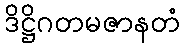
ဒိဋ္ဌိဂတမဇာနတံ